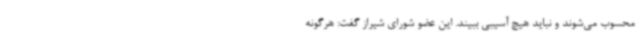
محسوب می‌شوند و نباید هیچ آسیبی ببیند. این عضو شورای شیراز گفت: هرگونه